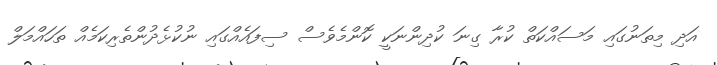
އަދި މިތަނުގައި މަސައްކަތް ކުރާ ގިނަ ކުދިންނަކީ ކޮންމެވެސް ސިފައެއްގައި ނުކުޅެދުންތެރިކަމެއް ތަހައްމަލް